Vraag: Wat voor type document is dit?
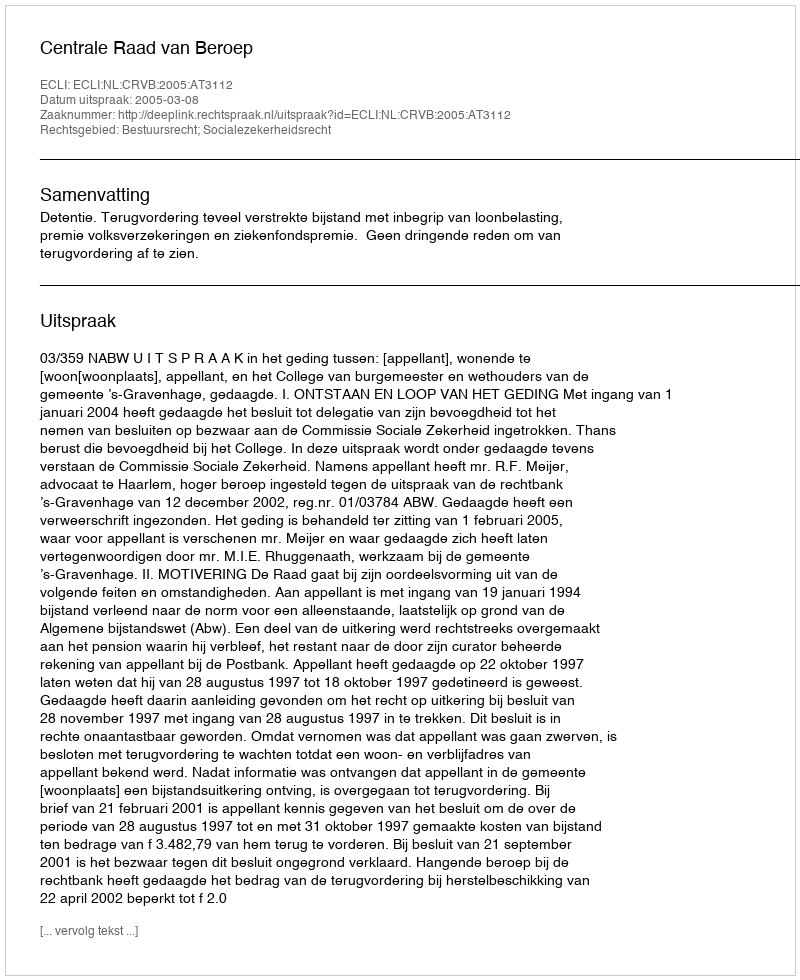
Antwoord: Uitspraak